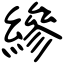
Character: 縿